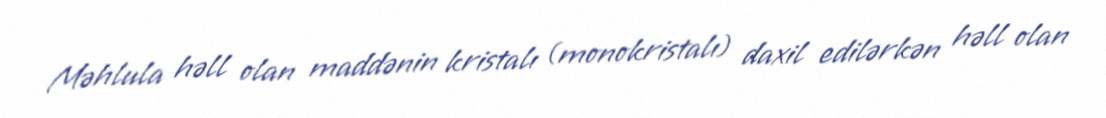
Məhlula həll olan maddənin kristalı (monokristalı) daxil edilərkən həll olan